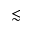
\lesssim